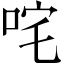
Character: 咤